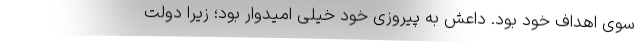
سوی اهداف خود بود. داعش به پیروزی خود خیلی امیدوار بود؛ زیرا دولت